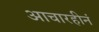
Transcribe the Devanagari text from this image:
आचारहीनं